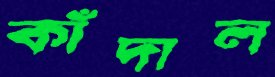
কাঁদাল